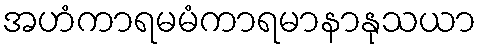
အဟံကာရမမံကာရမာနာနုသယာ